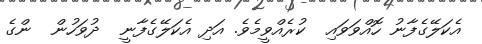
އެކަލޭގެފާނު ހޮއްވަވައި  ކުރެއްވީމެވެ. އަދި އެކަލޭގެފާނީ  ދުވަހުން  ންގެ